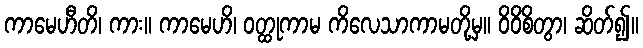
ကာမေဟီတိ၊ ကား။ ကာမေဟိ၊ ဝတ္ထုကာမ ကိလေသာကာမတို့မှ။ ဝိဝိစိတွာ၊ ဆိတ်၍။